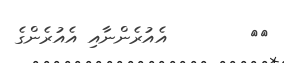
٥٦        އެއުރެންނާއި އެއުރެންގެ